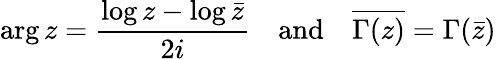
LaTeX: \arg z={\frac{\log z-\log{\bar{z}}}{2i}}\quad{\mathrm{and}}\quad{\overline{{\Gamma(z)}}}=\Gamma({\bar{z}})